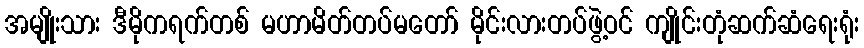
အမျိုးသား ဒီမိုကရက်တစ် မဟာမိတ်တပ်မတော် မိုင်းလားတပ်ဖွဲ့ဝင် ကျိုင်းတုံဆက်ဆံရေးရုံး